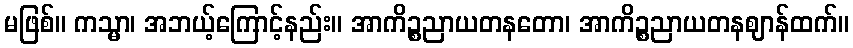
မဖြစ်။ ကသ္မာ၊ အဘယ့်ကြောင့်နည်း။ အာကိဉ္စညာယတနတော၊ အာကိဉ္စညာယတနဈာန်ထက်။